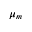
\mu _ { m }